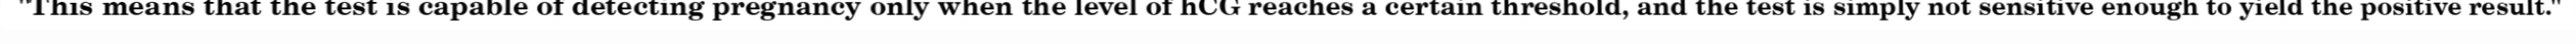
"This means that the test is capable of detecting pregnancy only when the level of hCG reaches a certain threshold, and the test is simply not sensitive enough to yield the positive result."